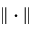
\| \cdot \|